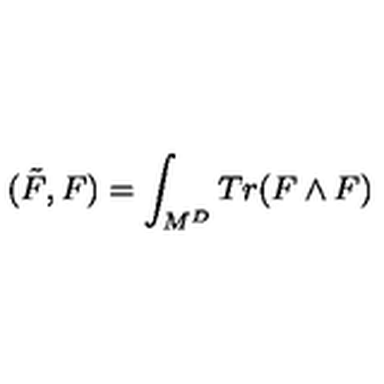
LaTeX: ( \tilde { F } , F ) = \int _ { M ^ { D } } T r ( F \wedge F )